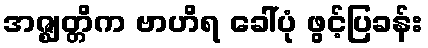
အဇ္ဈတ္တိက ဗာဟိရ ခေါ်ပုံ ဖွင့်ပြခန်း